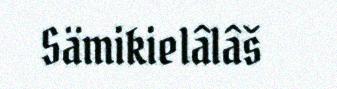
Sämikielâlâš